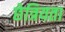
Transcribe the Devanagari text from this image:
छेत्रियता